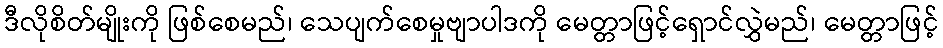
ဒီလိုစိတ်မျိုးကို ဖြစ်စေမည်၊ သေပျက်စေမှုဗျာပါဒကို မေတ္တာဖြင့်ရှောင်လွှဲမည်၊ မေတ္တာဖြင့်